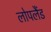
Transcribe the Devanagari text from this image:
लोपलैंड